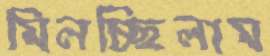
মিলচ্ছিলাম